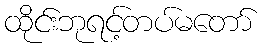
ထိုင်းဘုရင့်တပ်မတော်